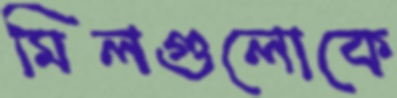
মিলগুলোকে